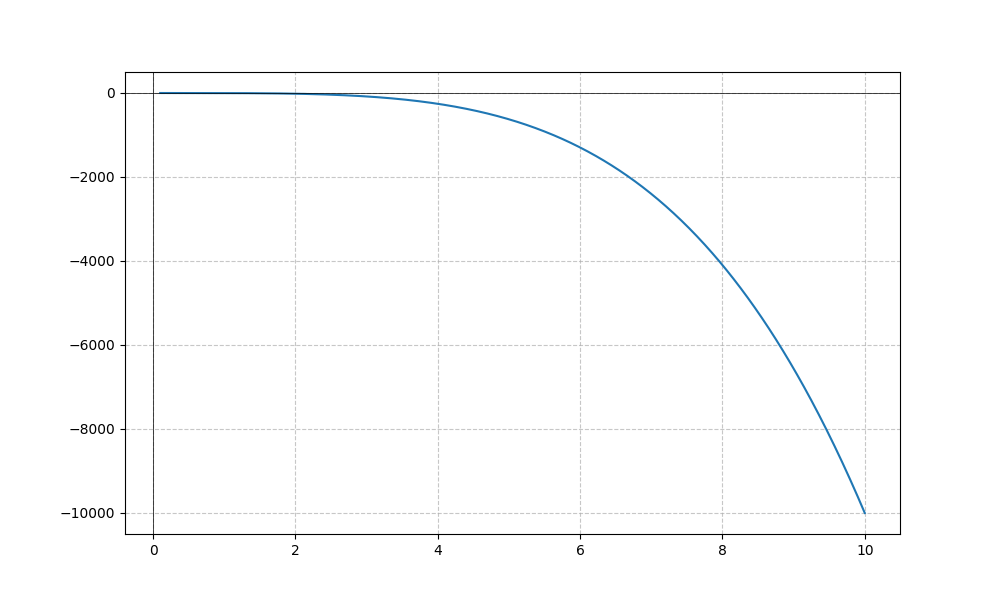
LaTeX formula: - x^{4} - \operatorname{atan}{\left(x \right)}